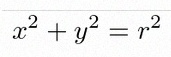
x^2+y^2=r^2